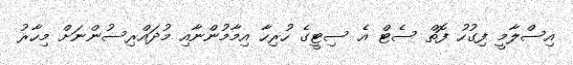
އިސްލާމީ ފިގުހު ފޮތް ސެޓް އެ ސިޓީގެ ހުރިހާ އިމާމުންނާއި މުދައްރިސުންނަށް މިހާރު